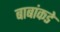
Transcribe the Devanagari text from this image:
बाबांकडे